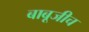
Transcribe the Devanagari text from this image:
बाबूजीच